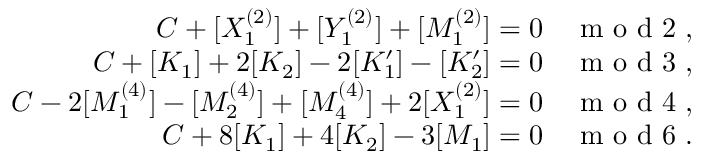
\begin{array} { r } { C + [ X _ { 1 } ^ { ( 2 ) } ] + [ Y _ { 1 } ^ { ( 2 ) } ] + [ M _ { 1 } ^ { ( 2 ) } ] = 0 \quad \mathrm { ~ m ~ o ~ d ~ 2 ~ } , } \\ { C + [ K _ { 1 } ] + 2 [ K _ { 2 } ] - 2 [ K _ { 1 } ^ { \prime } ] - [ K _ { 2 } ^ { \prime } ] = 0 \quad \mathrm { ~ m ~ o ~ d ~ 3 ~ } , } \\ { C - 2 [ M _ { 1 } ^ { ( 4 ) } ] - [ M _ { 2 } ^ { ( 4 ) } ] + [ M _ { 4 } ^ { ( 4 ) } ] + 2 [ X _ { 1 } ^ { ( 2 ) } ] = 0 \quad \mathrm { ~ m ~ o ~ d ~ 4 ~ } , } \\ { C + 8 [ K _ { 1 } ] + 4 [ K _ { 2 } ] - 3 [ M _ { 1 } ] = 0 \quad \mathrm { ~ m ~ o ~ d ~ 6 ~ } . } \end{array}